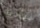
بتأدية